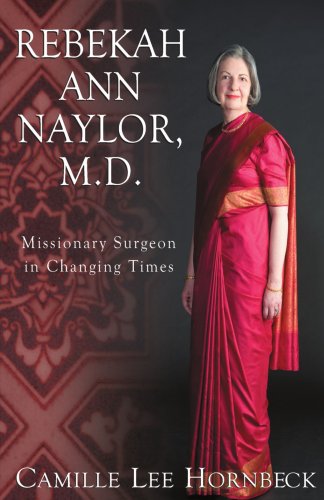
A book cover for Rebekah Ann Naylor, M.D.: Missionary Surgeon in Changing Times; Camille Lee Hornbeck; Christian Books & Bibles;